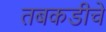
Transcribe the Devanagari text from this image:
तबकडीचे